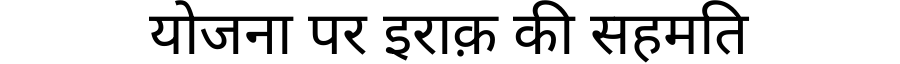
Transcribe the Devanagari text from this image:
योजना पर इराक़ की सहमति